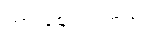
ကားဈေးကွက်တွင်